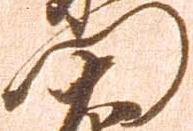
門